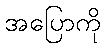
အပြောကို